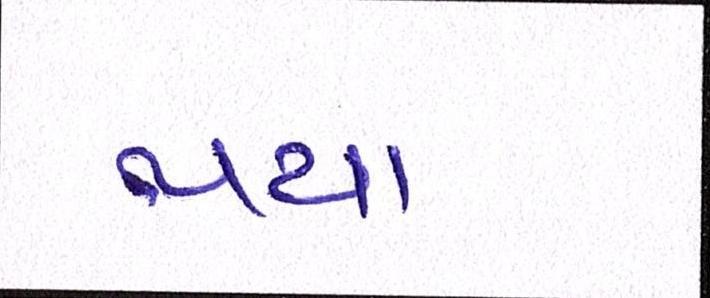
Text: થયા